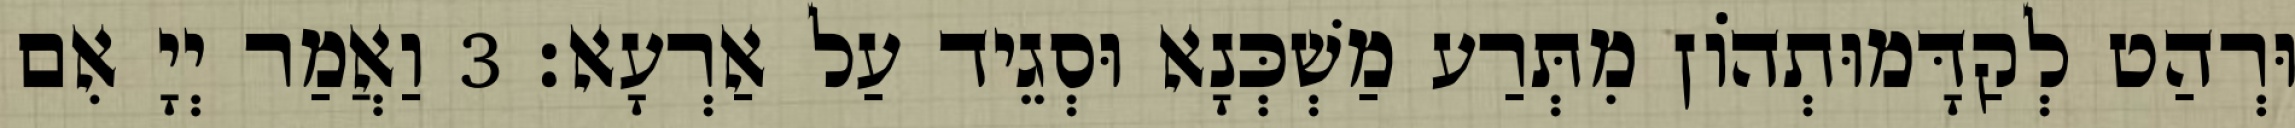
וּרְהַט לְקַדָּמוּתְהוֹן מִתְּרַע מַשְׁכְּנָא וּסְגֵיד עַל אַרְעָא׃ 3 וַאֲמַר יְיָ אִם